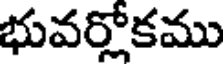
భువర్లోకము